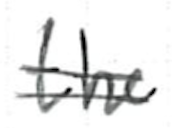
Text: the
Cross-out: double-line
Writing tool: ballpoint